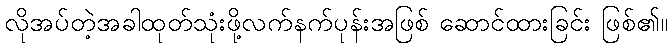
လိုအပ်တဲ့အခါထုတ်သုံးဖို့လက်နက်ပုန်းအဖြစ် ဆောင်ထားခြင်း ဖြစ်၏။